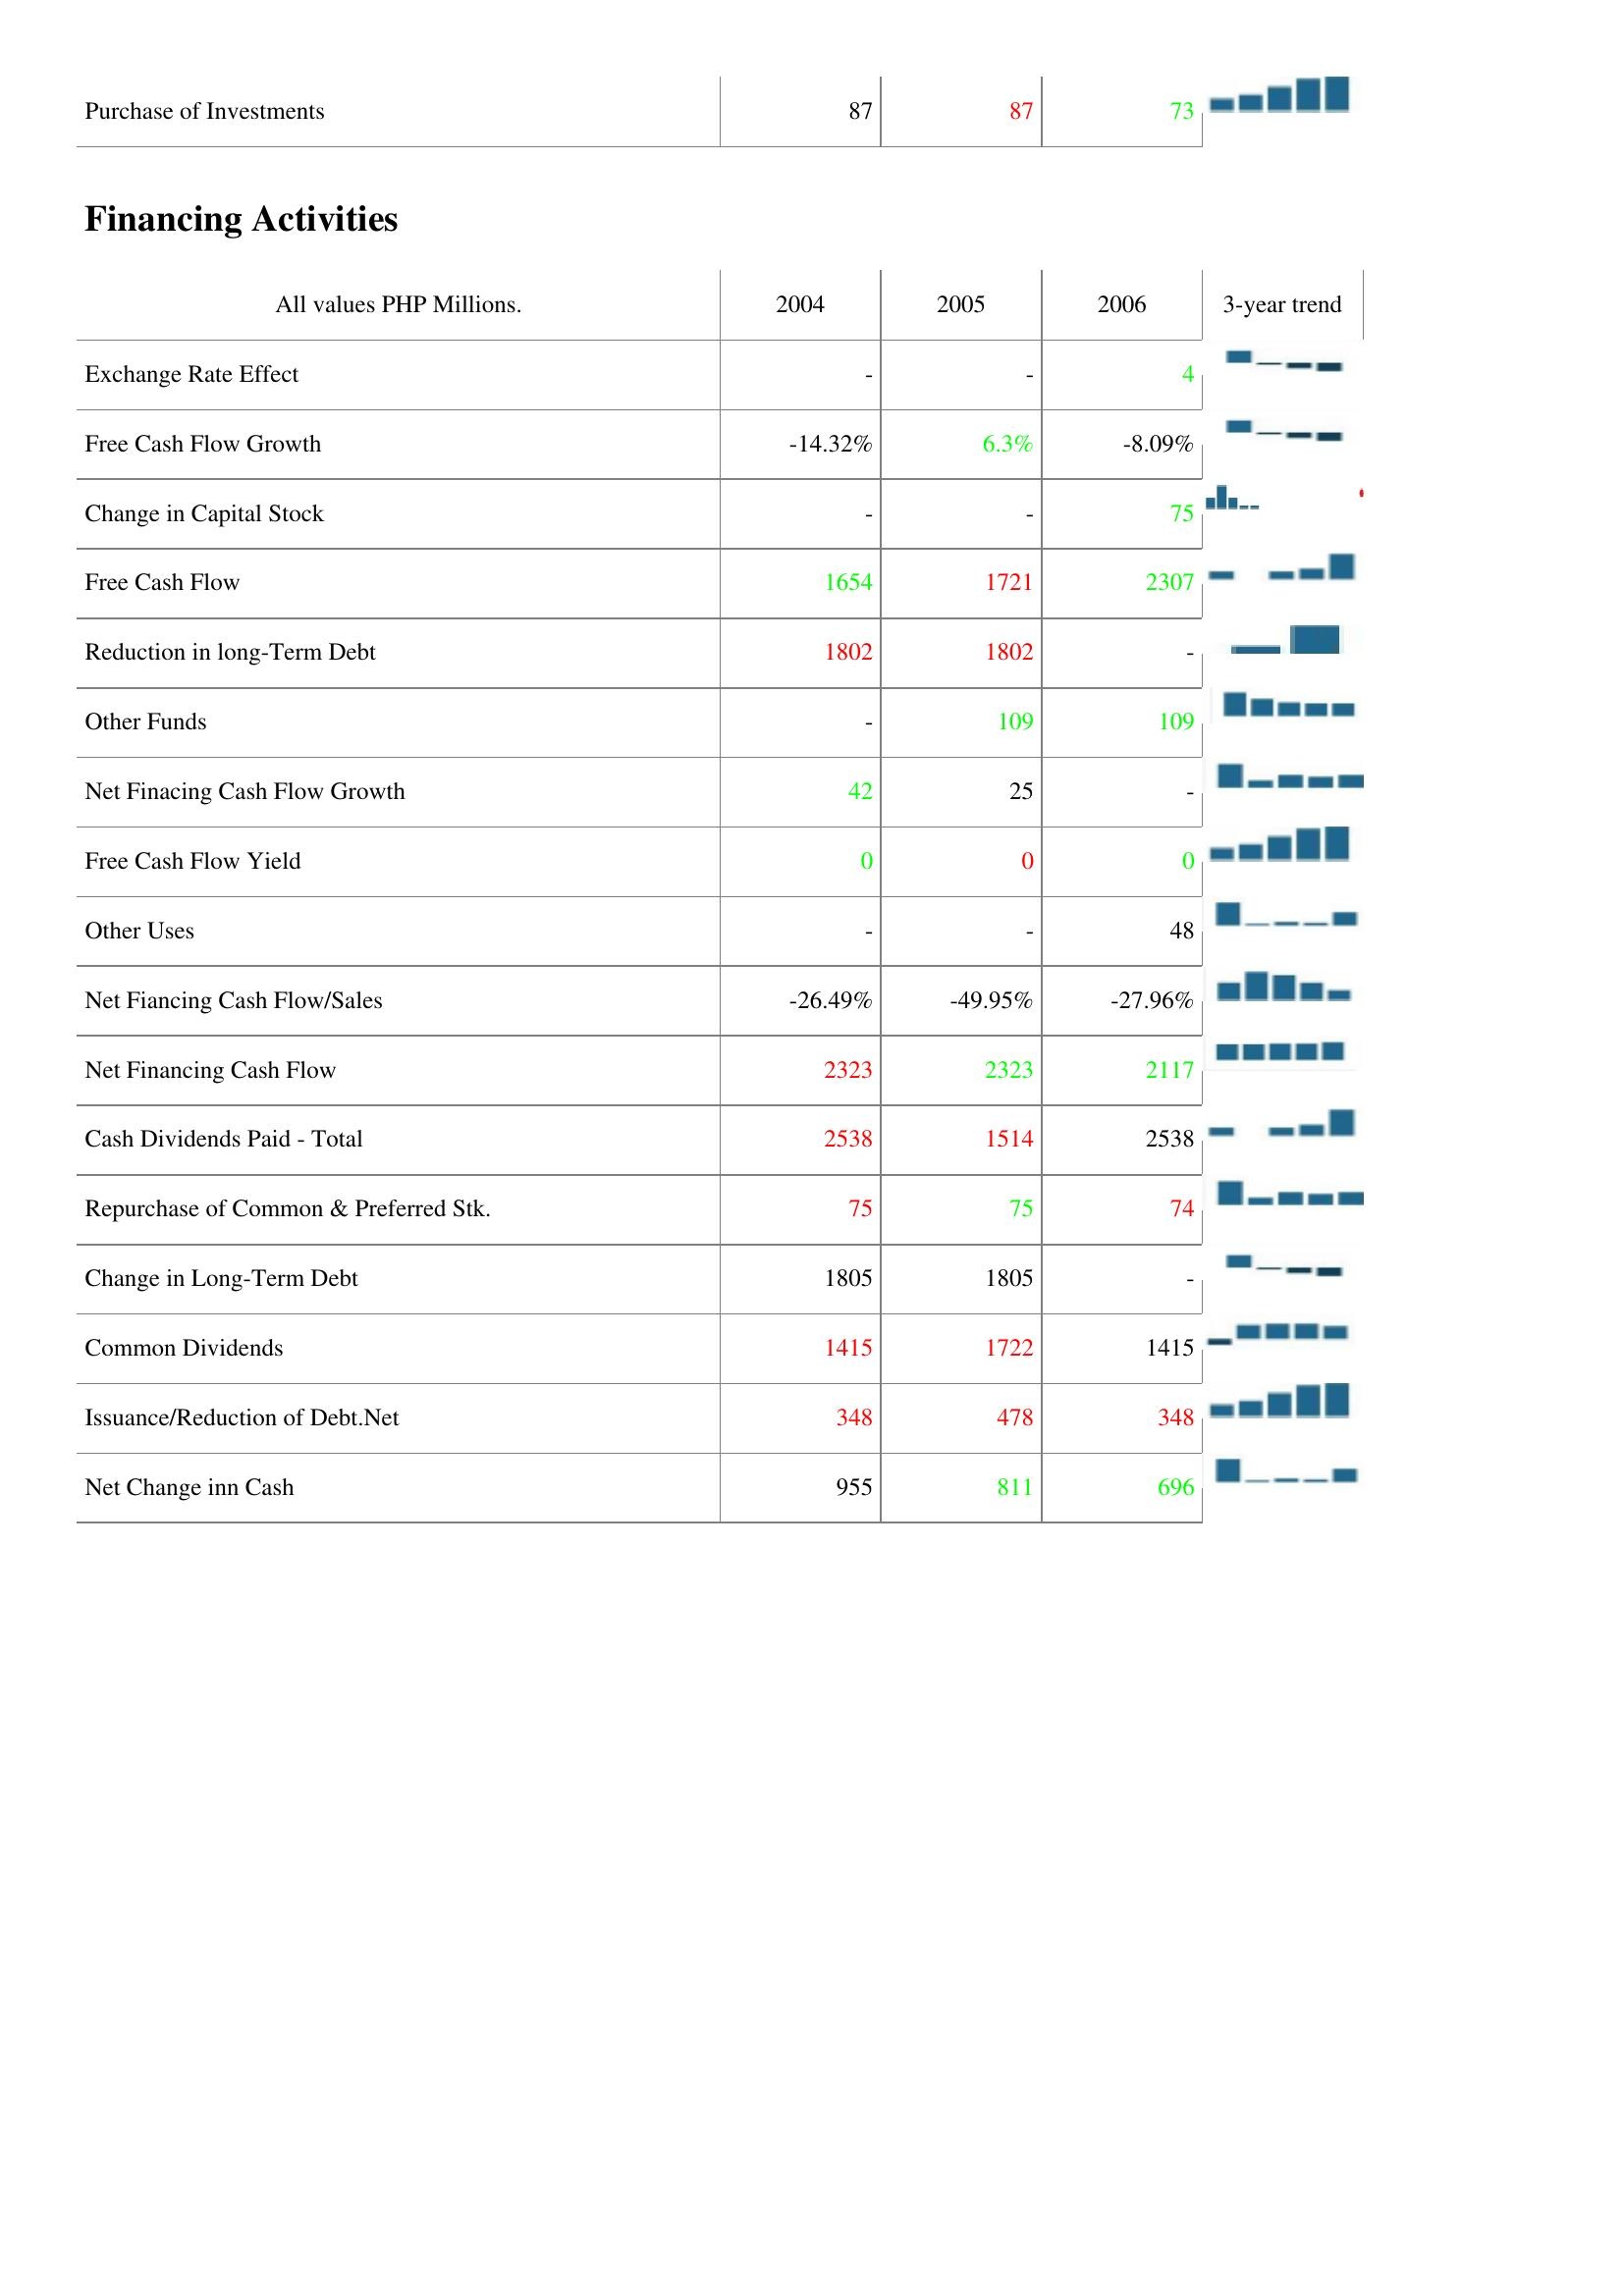
2004: Investing Activities: Purchase of Investments: 87
Financing Activities: Exchange Rate Effect: -
Free Cash Flow Growth: -14.32%
Change in Capital Stock: -
Free Cash Flow: 1654
Reduction in long-Term Debt: 1802
Other Funds: -
Net Finacing Cash Flow Growth: 42
Free Cash Flow Yield: 0
Other Uses: -
Net Fiancing Cash Flow/Sales: -26.49%
Net Financing Cash Flow: 2323
Cash Dividends Paid - Total: 2538
Repurchase of Common & Preferred Stk.: 75
Change in Long-Term Debt: 1805
Common Dividends: 1415
Issuance/Reduction of Debt.Net: 348
Net Change inn Cash: 955
2005: Investing Activities: Purchase of Investments: 87
Financing Activities: Exchange Rate Effect: -
Free Cash Flow Growth: 6.3%
Change in Capital Stock: -
Free Cash Flow: 1721
Reduction in long-Term Debt: 1802
Other Funds: 109
Net Finacing Cash Flow Growth: 25
Free Cash Flow Yield: 0
Other Uses: -
Net Fiancing Cash Flow/Sales: -49.95%
Net Financing Cash Flow: 2323
Cash Dividends Paid - Total: 1514
Repurchase of Common & Preferred Stk.: 75
Change in Long-Term Debt: 1805
Common Dividends: 1722
Issuance/Reduction of Debt.Net: 478
Net Change inn Cash: 811
2006: Investing Activities: Purchase of Investments: 73
Financing Activities: Exchange Rate Effect: 4
Free Cash Flow Growth: -8.09%
Change in Capital Stock: 75
Free Cash Flow: 2307
Reduction in long-Term Debt: -
Other Funds: 109
Net Finacing Cash Flow Growth: -
Free Cash Flow Yield: 0
Other Uses: 48
Net Fiancing Cash Flow/Sales: -27.96%
Net Financing Cash Flow: 2117
Cash Dividends Paid - Total: 2538
Repurchase of Common & Preferred Stk.: 74
Change in Long-Term Debt: -
Common Dividends: 1415
Issuance/Reduction of Debt.Net: 348
Net Change inn Cash: 696